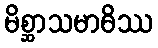
မိစ္ဆာသမာဓိဿ